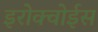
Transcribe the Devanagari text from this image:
इरोक्वोईस